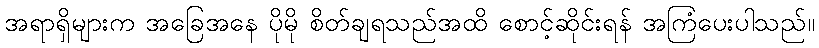
အရာရှိများက အခြေအနေ ပိုမို စိတ်ချရသည်အထိ စောင့်ဆိုင်းရန် အကြံပေးပါသည်။